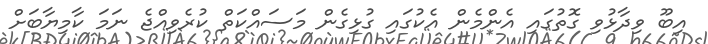
އިބޫ ވިދާޅުވި ގޮތުގައި އެންމެން އެކުގައި ގުޅިގެން މަސައްކަތް ކުރެވިއްޖެ ނަމަ ކާމިޔާބަށް